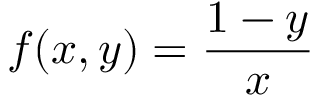
f ( x , y ) = { \frac { 1 - y } { x } }